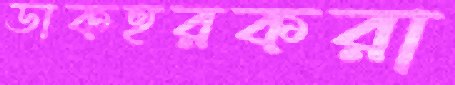
ডাকহরকরা